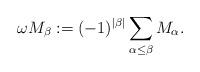
LaTeX: \begin{align*}\omega M_\beta := (-1)^{|\beta|} \sum_{\alpha\le \beta} M_\alpha.\end{align*}